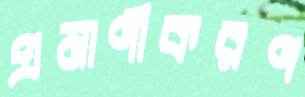
প্রমাণীকরণ